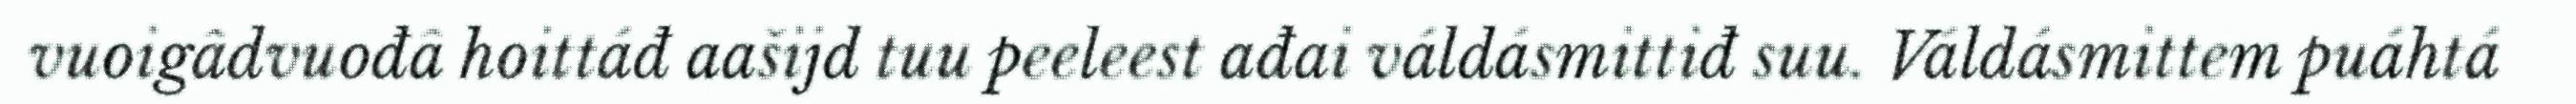
vuoigâdvuođâ hoittáđ aašijd tuu peeleest ađai váldásmittiđ suu. Váldásmittem puáhtá